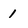
Character: 1